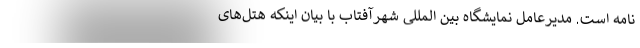
نامه است. مدیرعامل نمایشگاه بین المللی شهرآفتاب با بیان اینکه هتل‌های